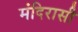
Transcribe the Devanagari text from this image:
मंदिरासी